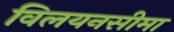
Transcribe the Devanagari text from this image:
विलयनसीमा